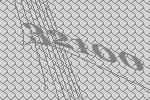
32100